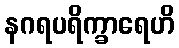
နဂရပရိက္ခာရေဟိ